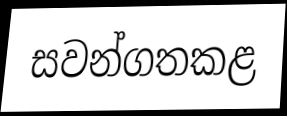
සවන්ගතකළ